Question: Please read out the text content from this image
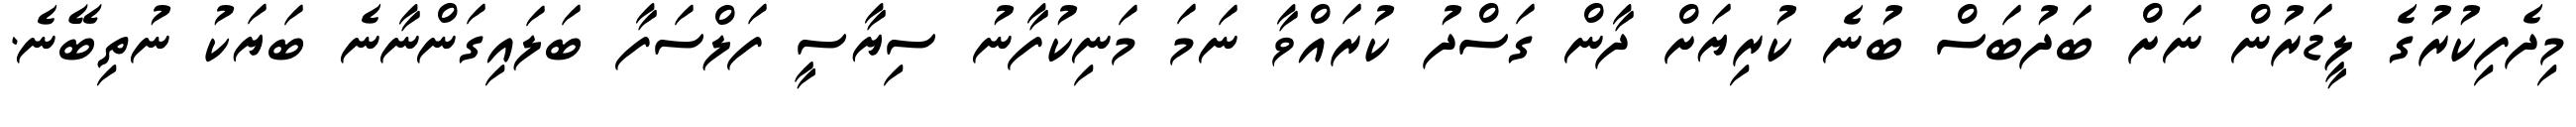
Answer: މިދެފިކުރުގެ ލީޑަރުން ނަށް ބަދުބަސް ބުނެ ކުރިޔަށް ދާން ގަސްދު ކުރައްވާ ނަމަ މަނިކުފާނު ސިޔާސީ ފަލްސަފާ ބަލައިގަންނާނެ ބަޔަކު ނުތިބޭނެ.